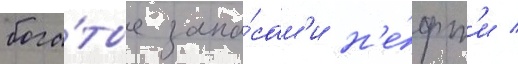
бога́тые запа́сам'и н'е́фт'и /